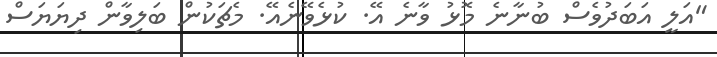
"އަލީ އަބަދުވެސް ބުނާނެ މޮޅު ވާނެ އޭ. ކުޅެވޭނެއޭ. މެޗަކުން ބަލިވާން ދިޔަޔަސް